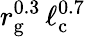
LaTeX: r_{\mathrm{g}}^{0.3}\, \ell_{\mathrm{c}}^{0.7}